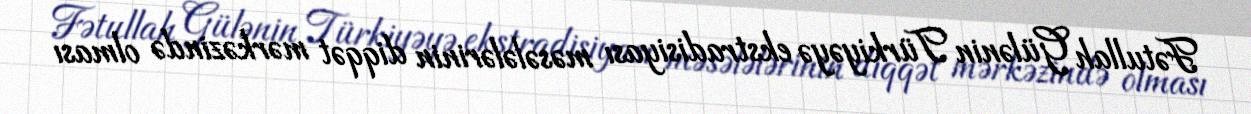
Fətullah Gülənin Türkiyəyə ekstradisiyası məsələlərinin diqqət mərkəzində olması